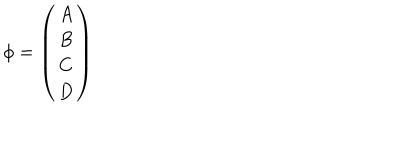
\phi = \left( \begin{array} { c } { { A } } \\ { { B } } \\ { { C } } \\ { { D } } \\ \end{array} \right)